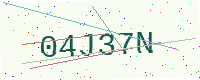
Text: 04J37N